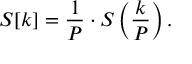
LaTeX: S [ k ] = { \frac { 1 } { P } } \cdot S \left( { \frac { k } { P } } \right) .